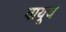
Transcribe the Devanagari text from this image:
वायूच